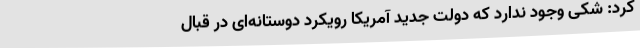
کرد: شکی وجود ندارد که دولت جدید آمریکا رویکرد دوستانه‌ای در قبال